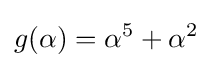
g(\alpha )=\alpha ^{5}+\alpha ^{2}